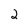
Character: 2